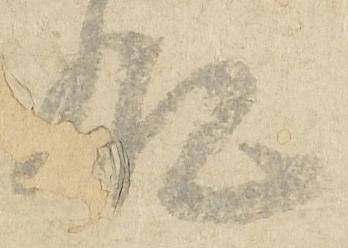
殿